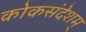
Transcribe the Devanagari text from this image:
कोकसंदेशम्